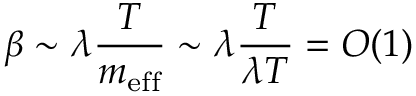
\beta \sim \lambda \frac { T } { m _ { \mathrm { e f f } } } \sim \lambda \frac { T } { \lambda T } = { \cal O } ( 1 )